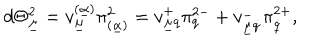
LaTeX: d \Theta _ { \underline { { \mu } } } ^ { 2 } = v _ { \underline { { \mu } } } ^ { ( \underline { { \alpha } } ) } \pi _ { ( \underline { { \alpha } } ) } ^ { 2 } = v _ { \underline { { \mu } } q } ^ { + } \pi _ { q } ^ { 2 - } + v _ { \underline { { \mu } } \dot { q } } ^ { - } \pi _ { \dot { q } } ^ { 2 + } ,